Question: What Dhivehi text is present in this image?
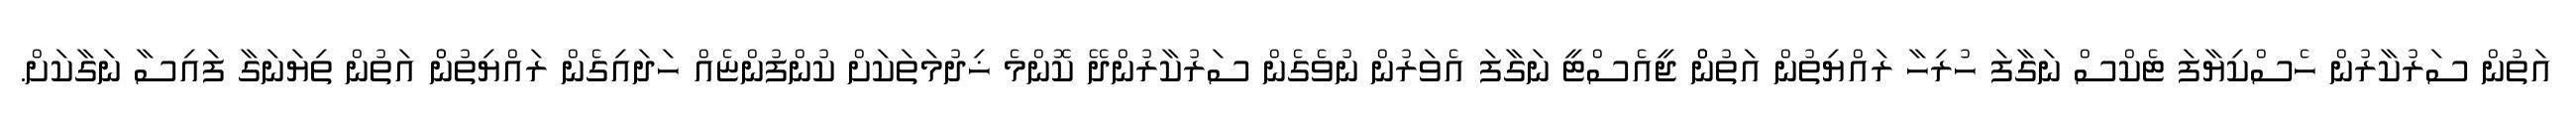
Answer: އަތުން ސަރުކާރުން ހެސްކިޔާފަ ޓެކްސް ނަގާފަ ހުރިހާ ރައްޔިތުން އަތުންްް ޖީއެސްޓީ ނަގާފަ އެވަރުން ނުވެގެން ސަރުކާރުންދޭ ކޮންމެ ޚިދުމަތަކަށް ކުންފުންޏެއް ހަދައިގެން ރައްޔިތުންް އަތުން ތިޔަނަގާ ފައިސާ ނަގާކަށް.